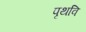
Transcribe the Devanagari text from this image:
पृथवि